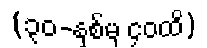
(၃၀-နှစ်မှ ၄၀ထိ)